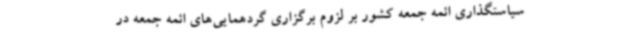
سیاستگذاری ائمه جمعه کشور بر لزوم برگزاری گردهمایی‌های ائمه جمعه در